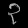
Digit: ၃